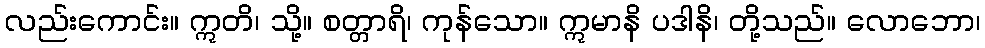
လည်းကောင်း။ ဣတိ၊ သို့။ စတ္တာရိ၊ ကုန်သော။ ဣမာနိ ပဒါနိ၊ တို့သည်။ လောဘော၊